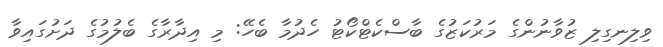
ވިލިނގިލި ޒުވާނުންގެ މަރުކަޒުގެ ބާސްކެޓްކޯޓު ހެދުމާ ބެހޭ: މި އިދާރާގެ ބެލުމުގެ ދަށުގައިވާ